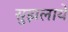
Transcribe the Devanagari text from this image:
सुझलाये